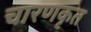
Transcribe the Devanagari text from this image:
चारणकृत